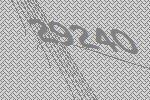
29240